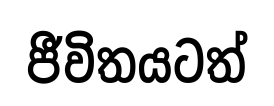
ජීවිතයටත්